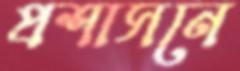
প্রশাসনে